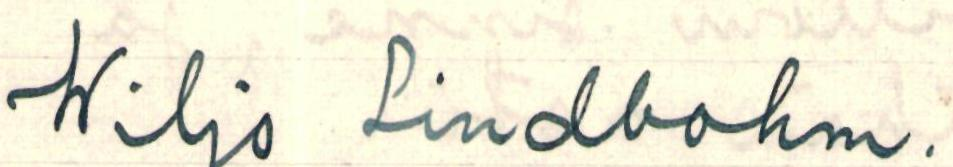
Wiljo Lindbohm